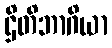
ဌိတိဘာဂိယာ